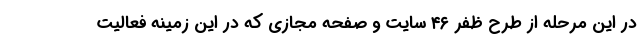
در این مرحله از طرح ظفر ۴۶ سایت و صفحه مجازی که در این زمینه فعالیت